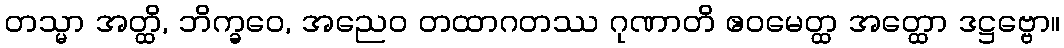
တသ္မာ အတ္ထိ, ဘိက္ခဝေ, အညေဝ တထာဂတဿ ဂုဏာတိ ဧဝမေတ္ထ အတ္ထော ဒဋ္ဌဗ္ဗော။